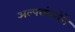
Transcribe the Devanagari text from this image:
अल्पसंख्येने